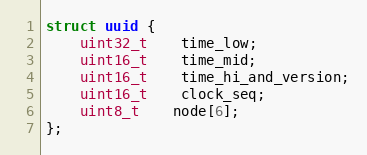
Language: C
struct uuid {
	uint32_t	time_low;
	uint16_t	time_mid;
	uint16_t	time_hi_and_version;
	uint16_t	clock_seq;
	uint8_t	node[6];
};